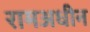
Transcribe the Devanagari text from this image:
रामअधीन